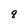
Character: q